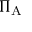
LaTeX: \Pi _ { \mathrm { A } }